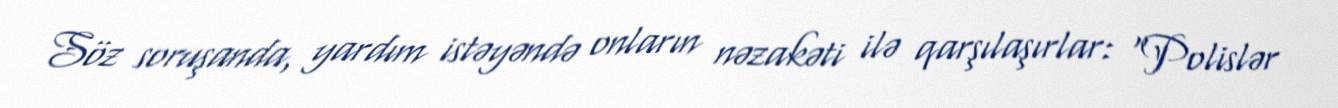
Söz soruşanda, yardım istəyəndə onların nəzakəti ilə qarşılaşırlar: “Polislər